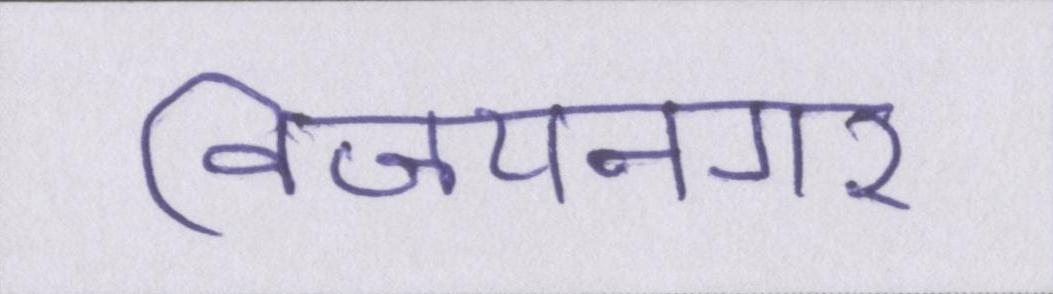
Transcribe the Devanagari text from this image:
विजयनगर